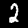
Digit: 2